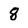
Character: 8